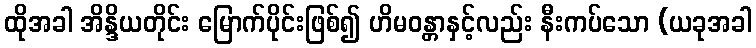
ထိုအခါ အိန္ဒိယတိုင်း မြောက်ပိုင်းဖြစ်၍ ဟိမဝန္တာနှင့်လည်း နီးကပ်သော (ယခုအခါ